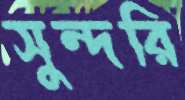
সুন্দরি